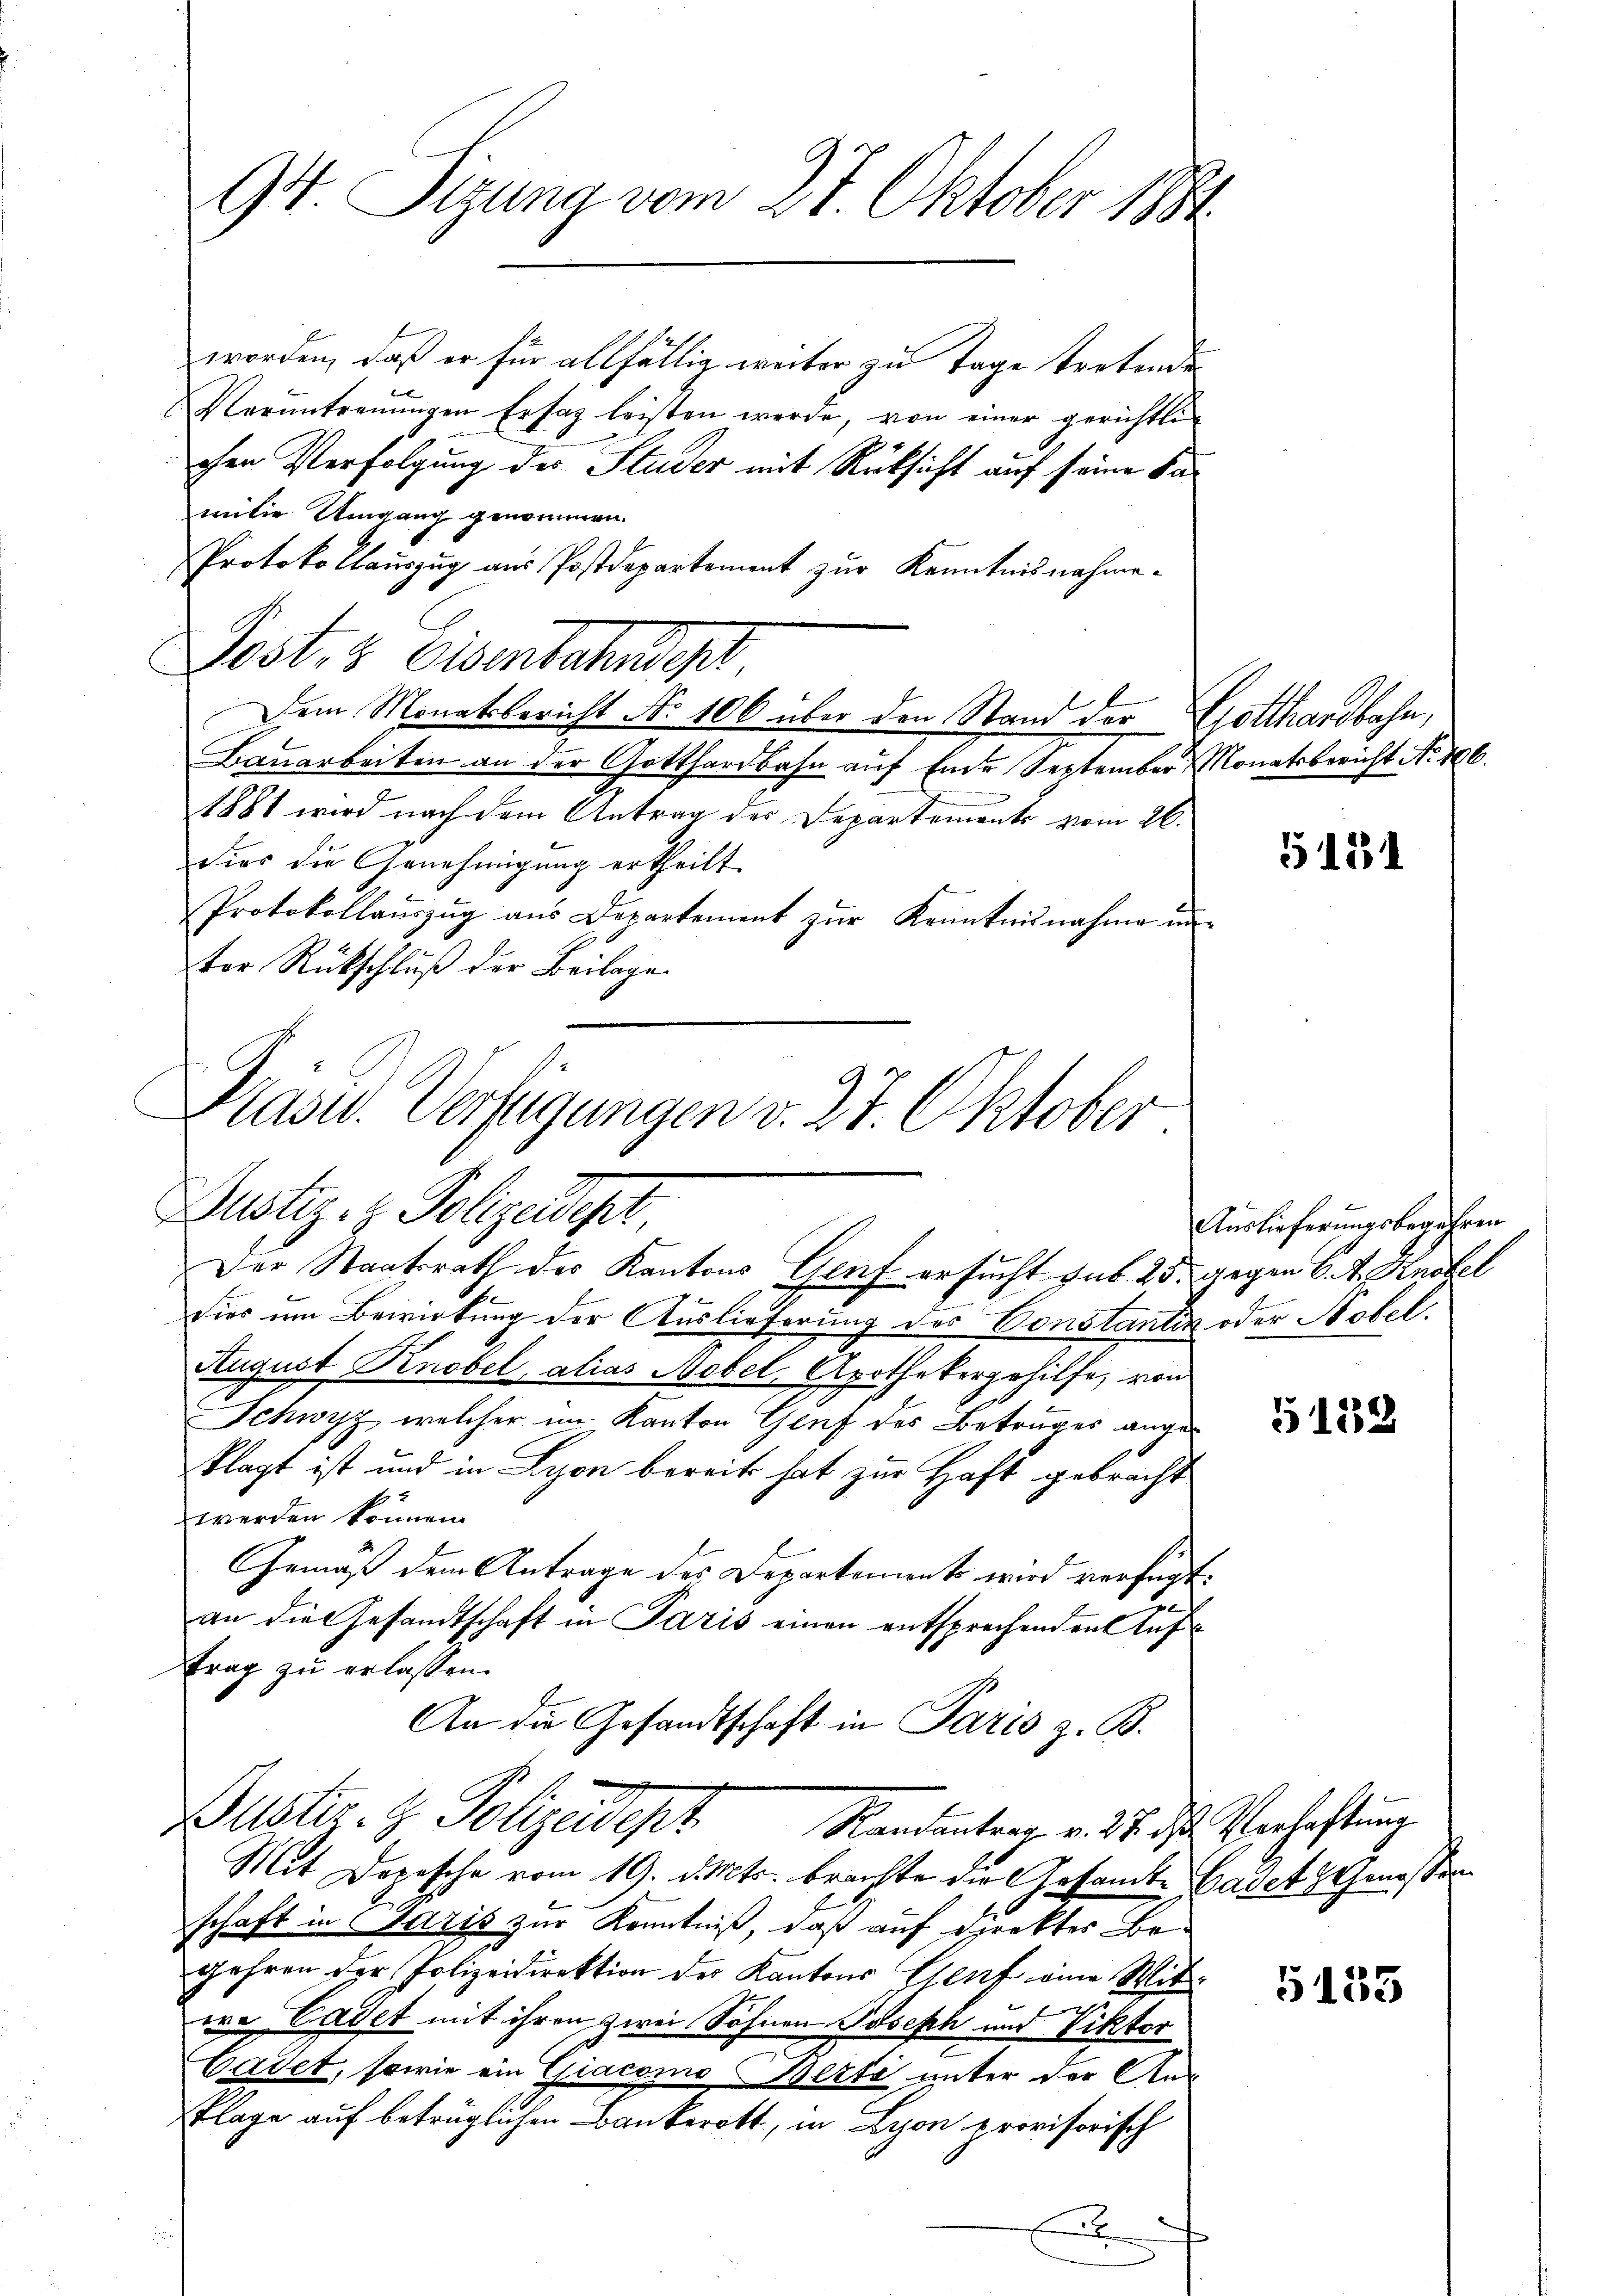
Präsid. Verfügungen v. 27. Oktober
Justiz- & Polizeident
Der Staatsrath des Kantons Genf ersucht sub. 25. gegen 6. v. Knobel

94. Sizung vom 27. Oktober 1881

worden, daß er für allfällig weiter zu Tage tretende
Veruntreuungen Erfag leisten werde, von einer gerichtli
chen Verfolgung des Studer mit Rücksicht auf seine Familie Umgang genommen.
Protokollauszug aus Postdepartement zur Kenntnisnahme.
Post- & Eisenbahnscht
Dem Monatsbericht No 106 über den Stand der Gotthardbahn,
Bauarbeiten an der Gotthardbahn auf Ende September Monatsbericht No 106.
1881 wird nach dem Antrag des Departemente vom 26.
dies die Genehmigung ertheilt.
Protokollaŭszŭg ans Departement zŭr Kenntnisnahme un-
ter Rückschlŭβ der Beilage.
dies um Bewirkung der Auslieferung des Constantik oder Nobel.
August Knobel, alias Nebel, Apothekergehilfe, von
Schwyz, welcher im Kanton Genf des Betruges angeklagt ist und in Lyon bereits hat zur Haft gebracht
werden können.
Gemäß dem Antrage des Departements wird verfügt:
an die Gesandtschaft in Paris einen entsprechenden Auftrag zu erlassen.
An die Gesandtschaft in Paris z. B.
Buster. H. Polizeidept
Randantrag v. 27. ds. Verhaftung
Mit Depesche vom 19. d. Mts. brachte die Gesamte Cadet Genossen
schaft in Paris zur Kenntniß, daß auf Direktes Begehren der Polizeidirektion der Kantons Genf eine Mitwe Cadet mit ihren zwei Söhnen Joseph und Viktor
Cadet, sowie ein Giacomo Berto unter der An¬
Plage auf betrüglichen Bankerott, in Lyon provisorisch
x

5131

Auslieferungsbegehren

5132

5135